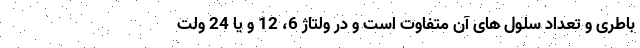
باطری و تعداد سلول های آن متفاوت است و در ولتاژ 6، 12 و یا 24 ولت